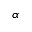
\alpha